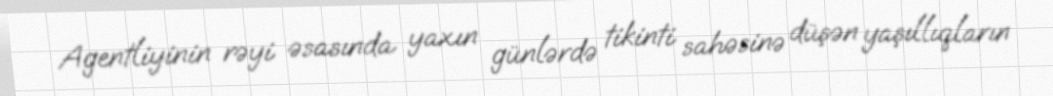
Agentliyinin rəyi əsasında yaxın günlərdə tikinti sahəsinə düşən yaşıllıqların